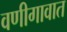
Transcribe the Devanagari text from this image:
वणीगावात